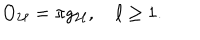
LaTeX: O _ { 2 \ell } = \pi g _ { 2 \ell } , \quad \ell \ge 1 .